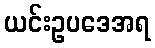
ယင်းဥပဒေအရ